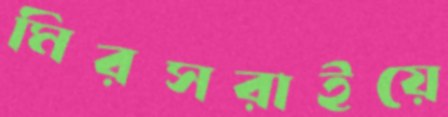
মিরসরাইয়ে